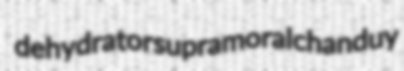
dehydrator supramoral chanduy